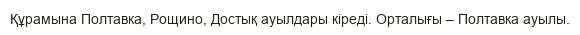
Құрамына Полтавка, Рощино, Достық ауылдары кіреді. Орталығы – Полтавка ауылы.